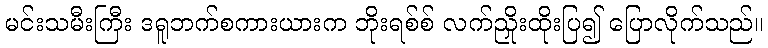
မင်းသမီးကြီး ဒရူဘက်စကားယားက ဘိုးရစ်စ် လက်ညှိုးထိုးပြ၍ ပြောလိုက်သည်။